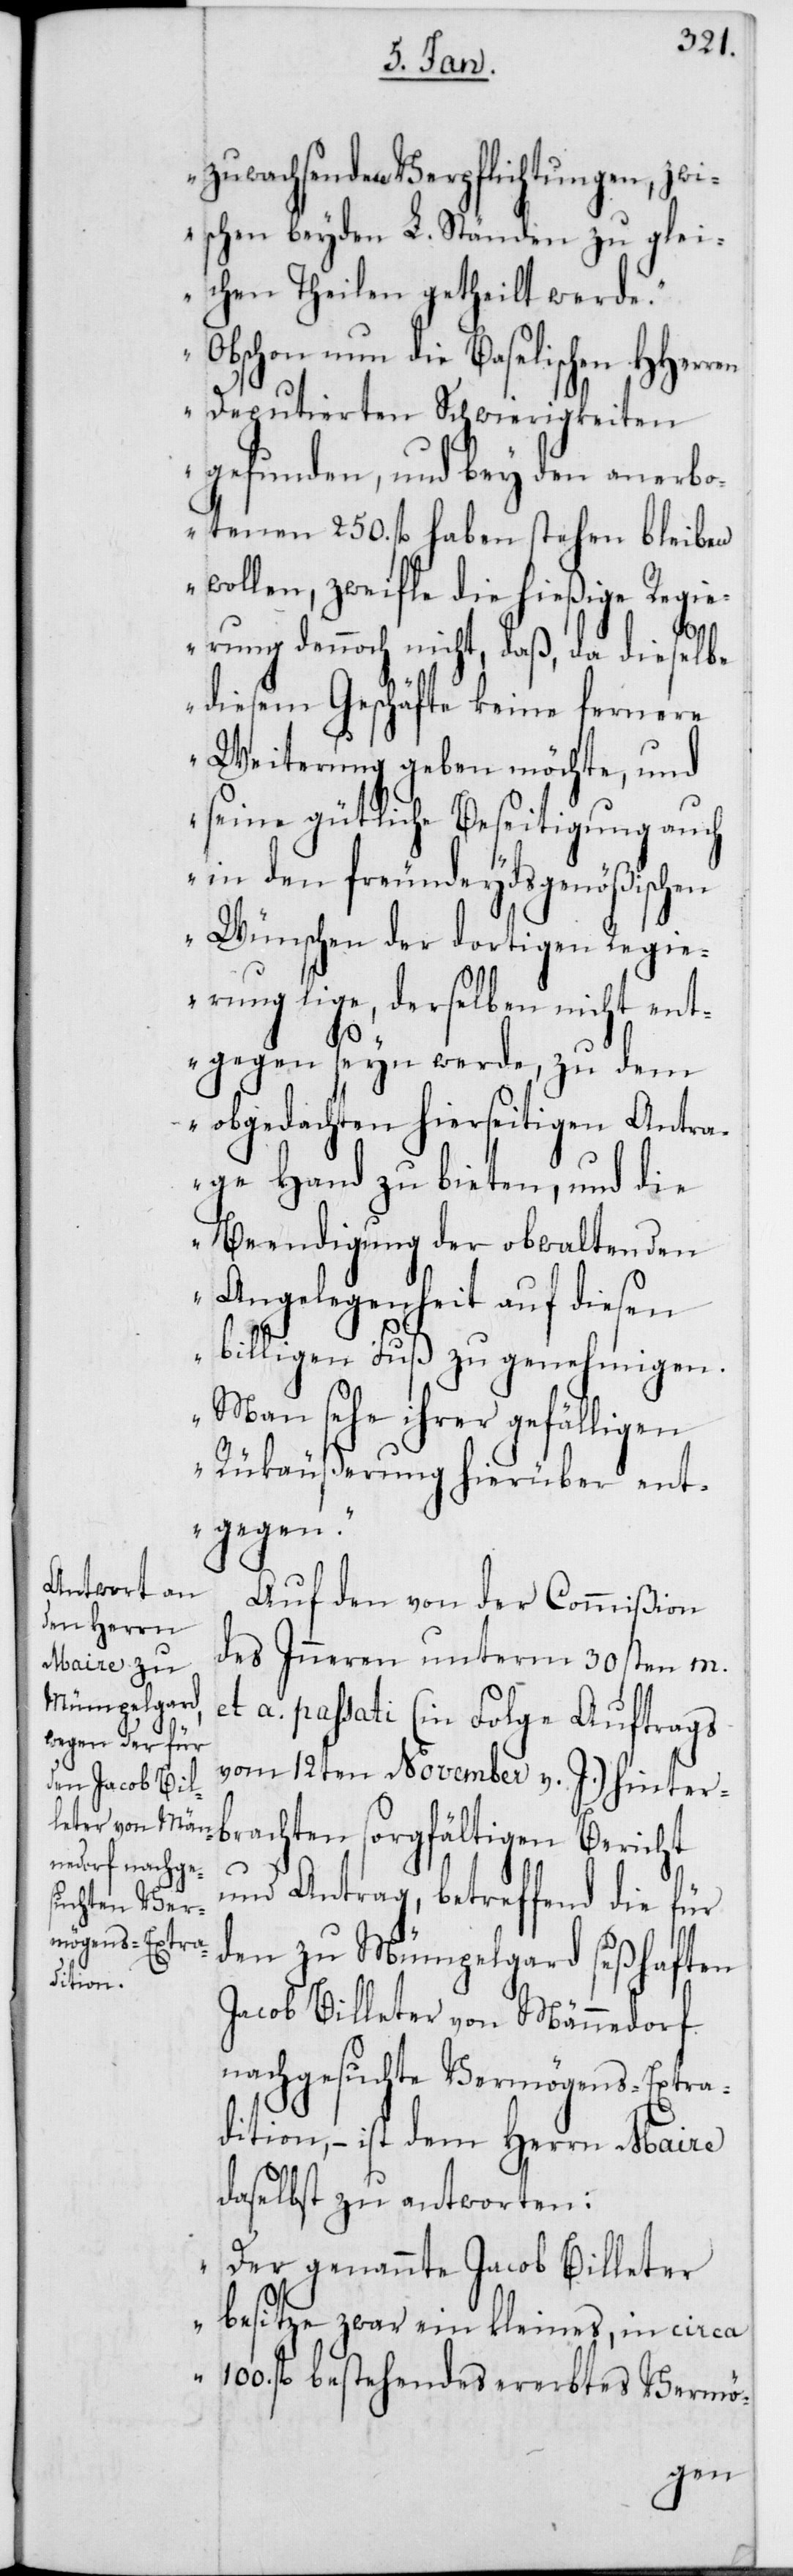
zuwachsenden Verpflichtungen, zwi¬
schen beyden L. Ständen zu glei¬
chen Theilen getheilt werde.“
„O¬
bschon nun die Baselischen HHerren
Deputierten Schwierigkeiten
gefunden, und bey den anerbo¬
tenen 250. fl. haben stehen bleiben
wollen, zweifle die hießige Regi¬
erung dennoch nicht, daß, da dieselbe
diesem Geschäfte keine fernere
Weiterung geben möchte, und
seine gütliche Beseitigung auch
in den freundeydsgenößischen
Wünschen der dortigen Regie¬
rung lige, derselben nicht ent¬
gegen seyn werde, zu dem
obgedachten hierseitigen Antra¬
ge Hand zu bieten, und die
Beendigung der obwaltenden
Angelegenheit auf diesen
billigen Fuß zu genehmigen.
Man sehe ihrer gefälligen
Rückäußerung hierüber ent¬
gegen.“
Auf den von der Commißion
des Inneren unterm 30sten m.
kleines, in
et a. passati (in Folge Auftrags
vom 12ten November v. J.) hinter¬
brachten sorgfältigen Bericht
und Antrag, betreffend die für
den zu Mümpelgard seßhaften
Jacob Billeter von Männedorf
nachgesuchte Vermögens-Extra¬
dition, – ist dem Herrn Maire
daselbst zu antworten:
„Der genannte Jacob Billeter
100. fl. bestehendes ererbtes Vermö-